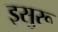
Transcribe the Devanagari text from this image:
इसुरू